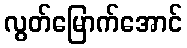
လွတ်မြောက်အောင်